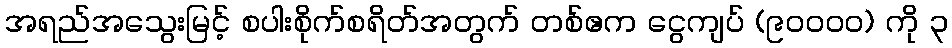
အရည်အသွေးမြင့် စပါးစိုက်စရိတ်အတွက် တစ်ဧက ငွေကျပ် (၉၀၀၀၀) ကို ၃